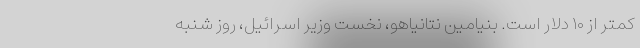
کمتر از ۱۰ دلار است. بنیامین نتانیاهو، نخست وزیر اسرائیل، روز شنبه